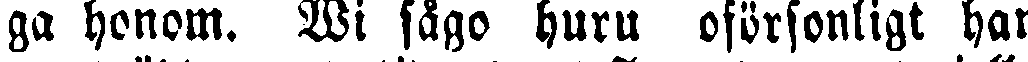
ga honom. Wi sågo huru oförsonligt han